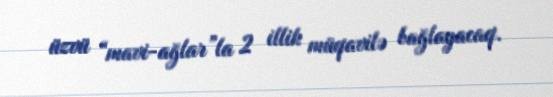
üzvü “mavi-ağlar”la 2 illik müqavilə bağlayacaq.